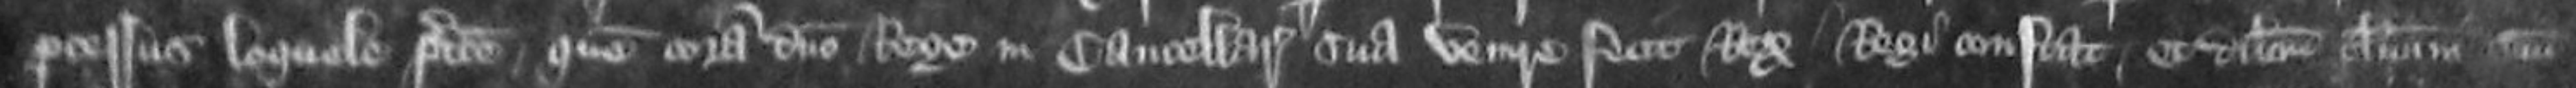
processus loquele predicte que coram domino rege in Cancellaria sua venire fecit Rex regi constat et dilectum clericum suum